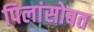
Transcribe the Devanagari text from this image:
पिलांसोबत